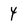
Character: 4